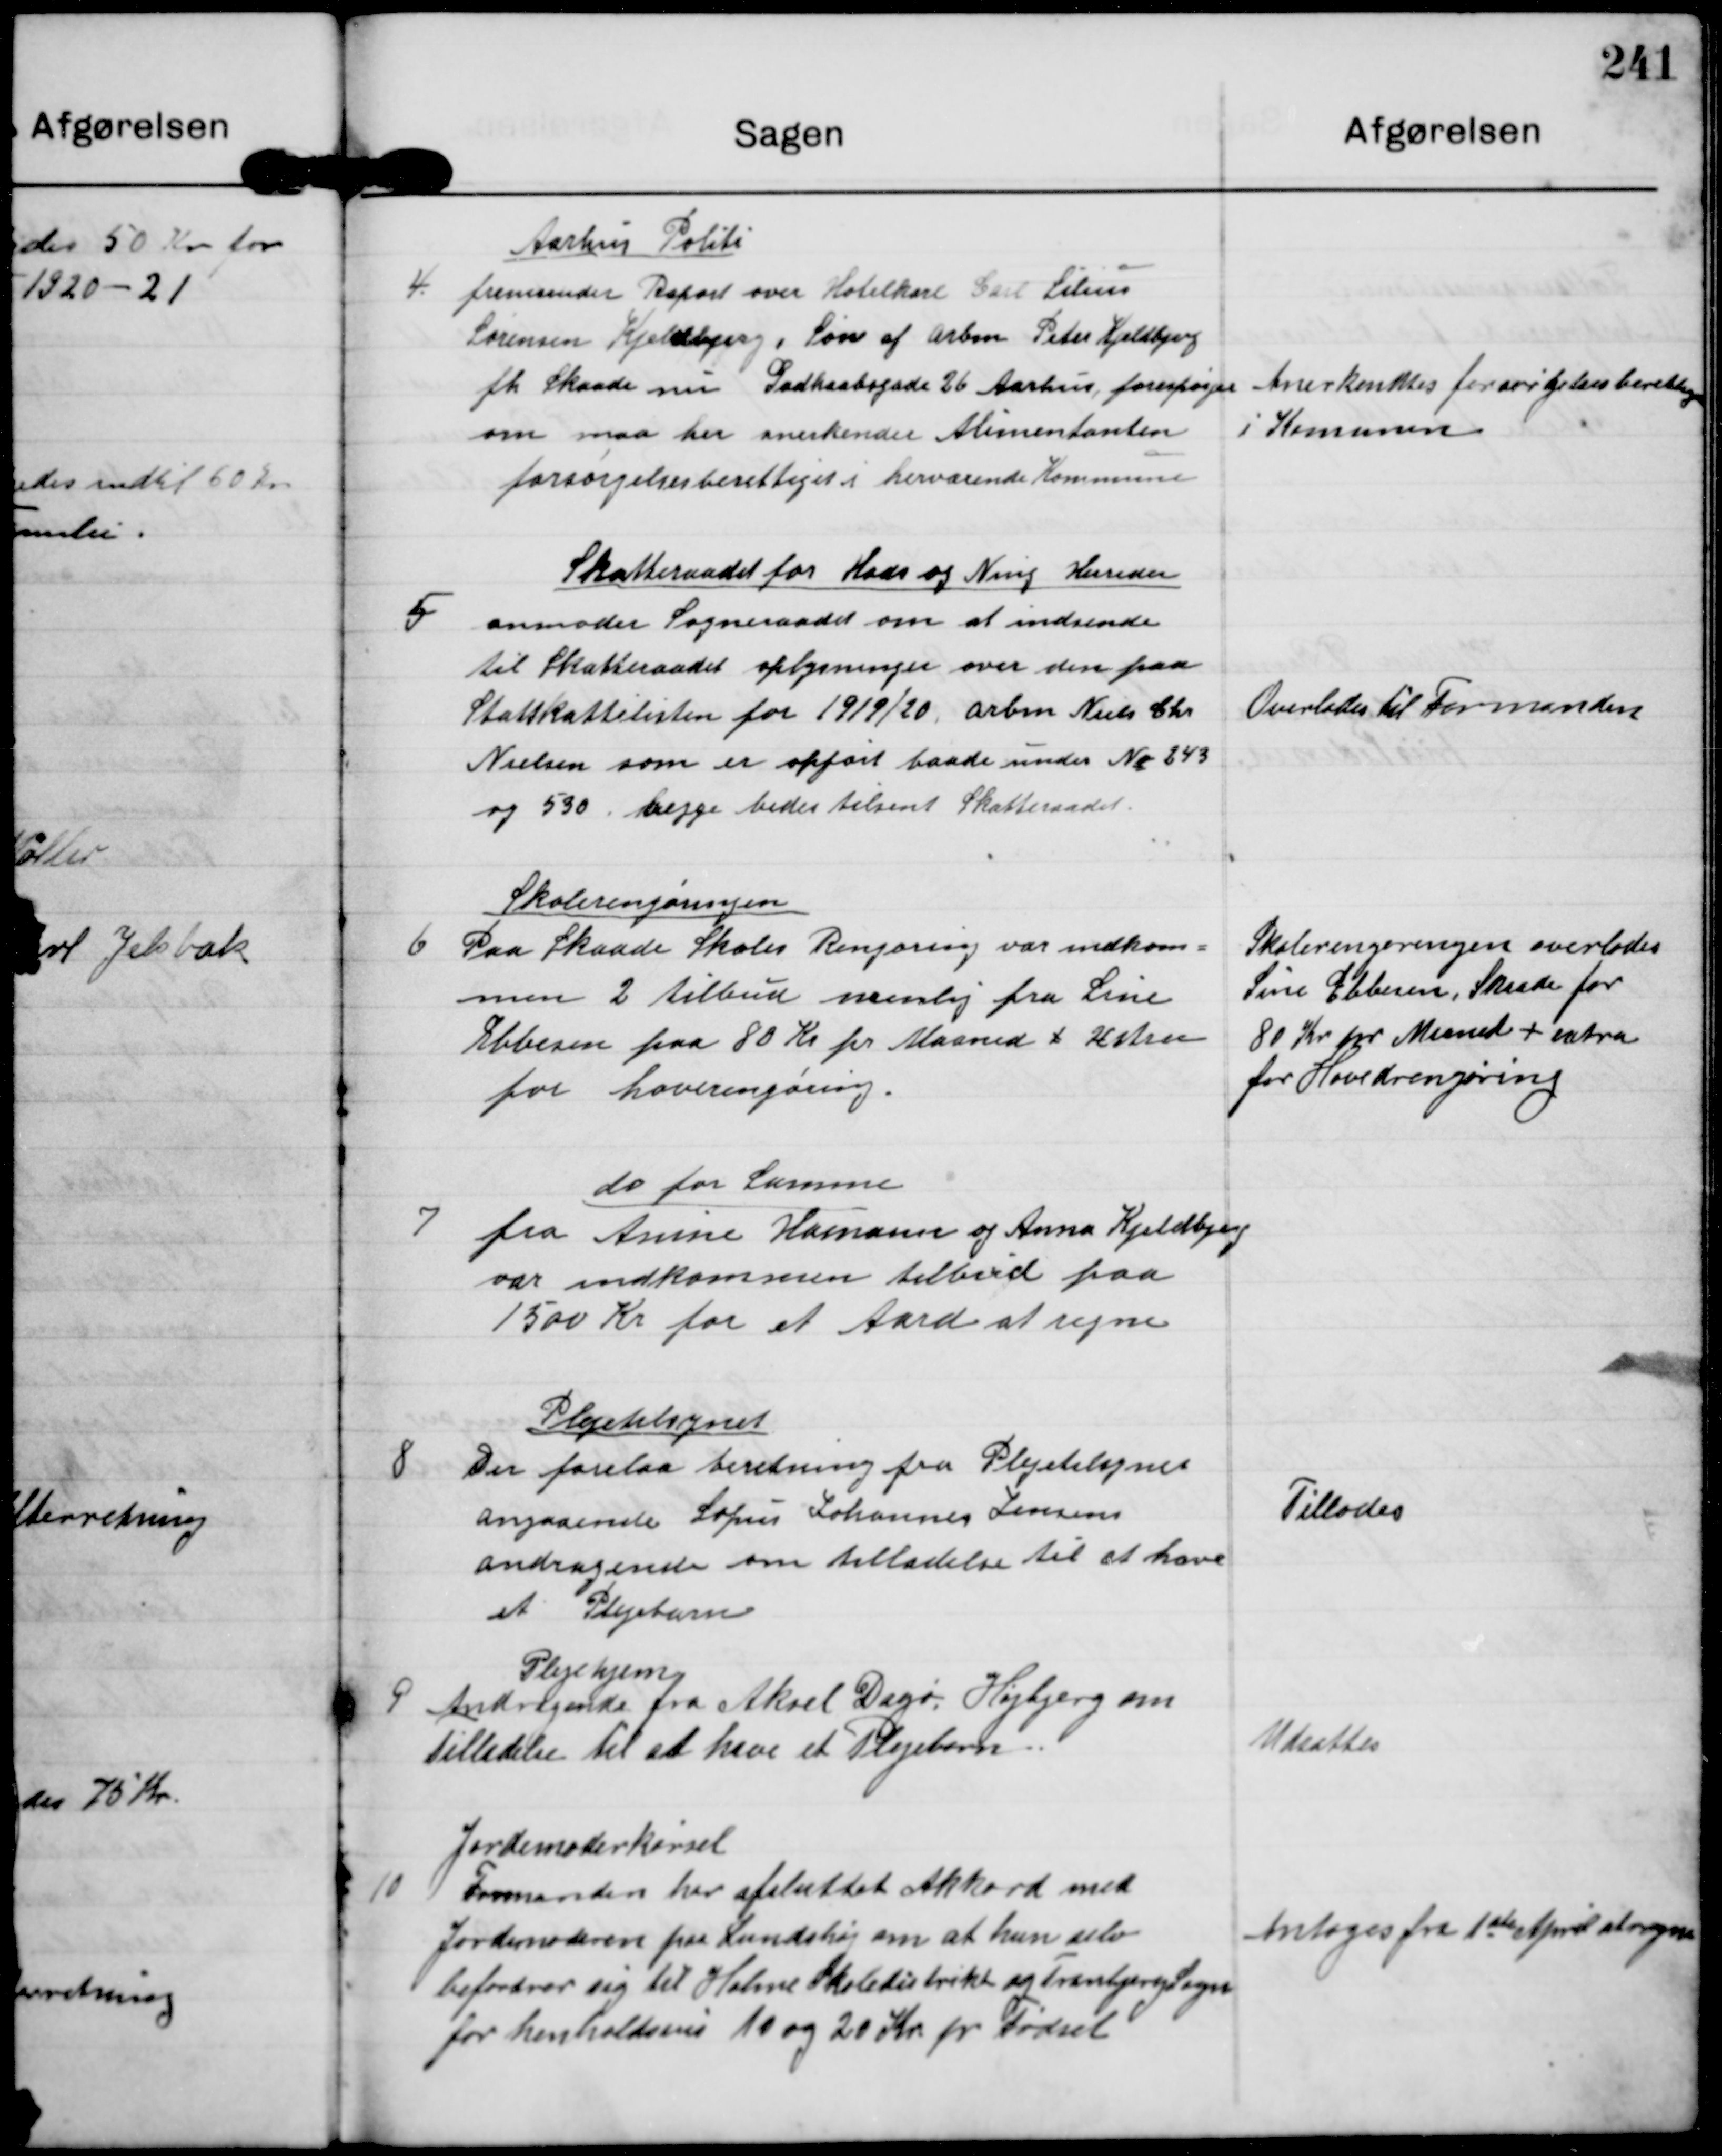
Transskription:
4

Aarhus Politi
fremsender Report over Hotelkarl Carl Silius
Sørensen Kjeldbjerg, Søn af Arbm Peter Kjeldbjerg
fh Skaade nu Godhaabsgade 26 Aarhus forespørger
om maa her anerkender Alimentanten
forsørgelsesberettiget i herværende Kommune

Anerkendtes forsørgelsesberettiget
i Kommunen

5

Skatteraadet for Hads og Ning Herreder
anmoder Sogneraadet om at indsende
til Skatteraadet oplysninger over den paa
Statskattelisten for 1919/20 arbm Niels Chr
Nielsen som er opført baade under No 243
og 530 begge bedes tilsent Skatteraadet

Overlades til Formanden

6

Skolerengøringen
Paa Skaade Skoles Rengøring var indkom-
men 2 tilbud nemlig fra Sine
Ebbesen paa 80 Kr pr Maaned + ekstra
for Hoverengøring

Skolerengøringen ovenlodes
Sine Ebbesen Skaade for
80 Kr for Maaned + ekstra
for Hovedrengøring

7

do for Samme
fra Anine Hamann og Anna Kjeldbjerg
var indkommen tilbud paa
1500 Kr for et Aard at regne

8

Plejetilsynet
Der forelaa beretning fra Plejetilsynet
angaaende Sofus Lohannes Jensens
andragende om tilladelse til et have
et Plejebarn

Tillodes

9

Plejehjem
Andragende fra Aksel Dagø Højbjerg om
tilladelse til at have et Plejebarn.

Udsattes

10

Jordemoderkørsel
Formanden har af afsluttet Akkord med
Jordemoderen paa Lundshøj om at hun selv
befordrer sig til Holme Skoledistrik og Tranbjerg Sogn
for henholdsvis 10 og 20 Kr pr Fødsel

Antoges fra 1ste April at regne